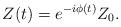
LaTeX: \begin{align*}Z(t)=e^{-i\phi (t)}Z_{0}. \end{align*}